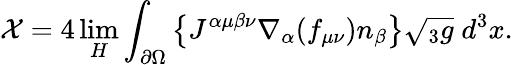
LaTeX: {\cal X}=4\operatorname*{lim}_{H}\int_{\partial\Omega}\left\{ J^{\alpha\mu\beta\nu}\nabla_{\alpha}(f_{\mu\nu})n_{\beta}\right\} \sqrt{{}_{3}g}\; d^{3}x.